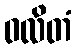
ဝလိတံ